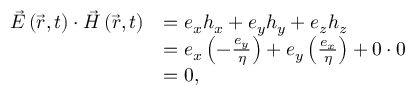
{ \begin{array} { r l } { { \vec { E } } \left( { \vec { r } } , t \right) \cdot { \vec { H } } \left( { \vec { r } } , t \right) } & { = e _ { x } h _ { x } + e _ { y } h _ { y } + e _ { z } h _ { z } } \\ & { = e _ { x } \left( - { \frac { e _ { y } } { \eta } } \right) + e _ { y } \left( { \frac { e _ { x } } { \eta } } \right) + 0 \cdot 0 } \\ & { = 0 , } \end{array} }